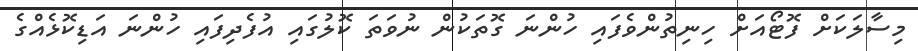
މިސާލަކަށް ފޮޓޯއަށް ހިނިތުންވެފައި ހުންނަ ގޮތަކުން ނުވަތަ ކޮލުގައި އުފެދިފައި ހުންނަ އަޑިކޮޅެއްގެ